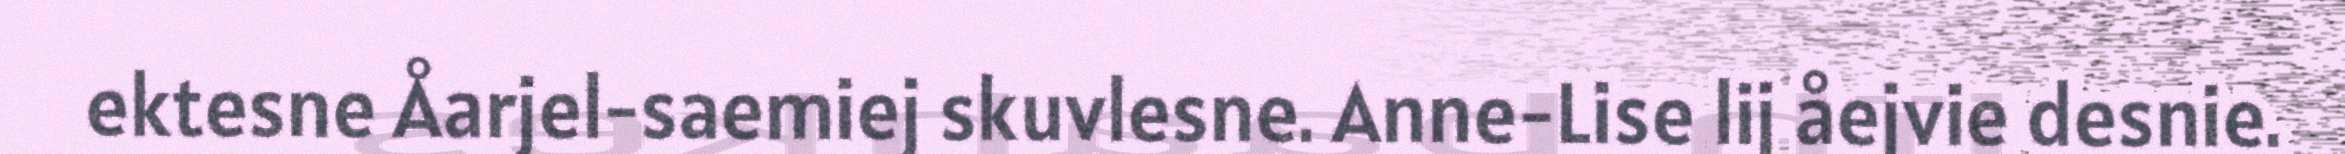
ektesne Åarjel-saemiej skuvlesne. Anne-Lise lij åejvie desnie.